Indian journal of veterinary science and animal husbandry - Volume 1,
Year: 1931
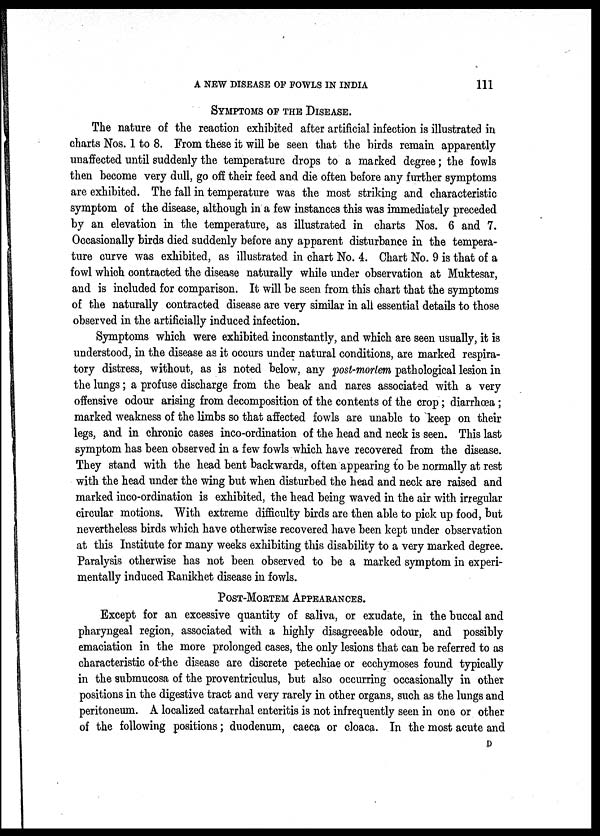
A NEW DISEASE OF FOWLS IN INDIA
111
SYMPTOMS OF THE DISEASE.
The nature of the reaction exhibited after artificial infection is illustrated in
charts Nos. 1 to 8. From these it will be seen that the birds remain apparently
unaffected until suddenly the temperature drops to a marked degree; the fowls
then become very dull, go off their feed and die often before any further symptoms
are exhibited. The fall in temperature was the most striking and characteristic
symptom of the disease, although in a few instances this was immediately preceded
by an elevation in the temperature, as illustrated in charts Nos. 6 and 7.
Occasionally birds died suddenly before any apparent disturbance in the tempera-
ture curve was exhibited, as illustrated in chart No. 4. Chart No. 9 is that of a
fowl which contracted the disease naturally while under observation at Muktesar,
and is included for comparison. It will be seen from this chart that the symptoms
of the naturally contracted disease are very similar in all essential details to those
observed in the artificially induced infection.
Symptoms which were exhibited inconstantly, and which are seen usually, it is
understood, in the disease as it occurs under natural conditions, are marked respira-
tory distress, without, as is noted below, any post-mortem pathological lesion in
the lungs; a profuse discharge from the beak and nares associated with a very
offensive odour arising from decomposition of the contents of the crop; diarrhœa;
marked weakness of the limbs so that affected fowls are unable to keep on their
legs, and in chronic cases inco-ordination of the head and neck is seen. This last
symptom has been observed in a few fowls which have recovered from the disease.
They stand with the head bent backwards, often appearing to be normally at rest
with the head under the wing but when disturbed the head and neck are raised and
marked inco-ordination is exhibited, the head being waved in the air with irregular
circular motions. With extreme difficulty birds are then able to pick up food, but
nevertheless birds which have otherwise recovered have been kept under observation
at this Institute for many weeks exhibiting this disability to a very marked degree.
Paralysis otherwise has not been observed to be a marked symptom in experi-
mentally induced Ranikhet disease in fowls.
POST-MORTEM APPEARANCES.
Except for an excessive quantity of saliva, or exudate, in the buccal and
pharyngeal region, associated with a highly disagreeable odour, and possibly
emaciation in the more prolonged cases, the only lesions that can be referred to as
characteristic of the disease are discrete petechiae or ecchymoses found typically
in the submucosa of the proventriculus, but also occurring occasionally in other
positions in the digestive tract and very rarely in other organs, such as the lungs and
peritoneum. A localized catarrhal enteritis is not infrequently seen in one or other
of the following positions; duodenum, caeca or cloaca. In the most acute and
D